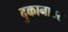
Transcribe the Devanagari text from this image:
दुकानावर